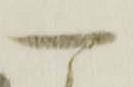
一